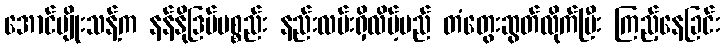
အောင်မျိုးသန့်က နန်နိုဒြပ်ပစ္စည်း နည်းလမ်းရှိလိမ့်မည် တံတွေးဆွတ်လိုက်ပြီး ကြည့်နေခြင်း